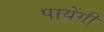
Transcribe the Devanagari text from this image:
पायेंगी